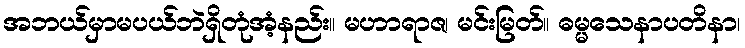
အဘယ်မှာမပယ်ဘဲရှိတုံအံ့နည်း။ မဟာရာဇ၊ မင်းမြတ်။ ဓမ္မသေနာပတိနာ၊